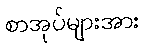
စာအုပ်များအား